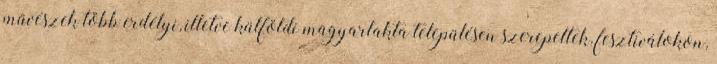
művészek több erdélyi, illetve külföldi magyarlakta településen szerepeltek, fesztiválokon,